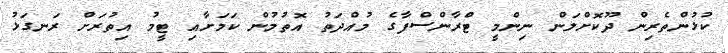
ކުޅުންތެރިން ދޫކޮށްލަން ނިންމީ ޓްރާންސްފާގެ މުއްދަތު އޮތުމުން ކަމަށާއި ޓީމު އިތުރަށް ރަނގަޅު